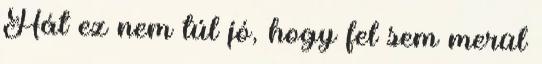
Hát ez nem túl jó, hogy fel sem merül